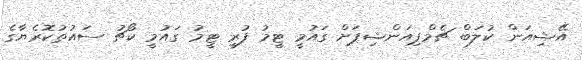
އޭޝިއަން ކުލަބް ޗެމްޕިއަންޝިޕަށް ގައުމީ ޓީމު ފުރީ ޓީމު ގައުމީ ކޯޗު ސައުތުކޮރެޔާގެ